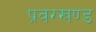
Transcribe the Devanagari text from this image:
प्रवरखण्ड